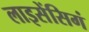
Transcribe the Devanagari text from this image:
लाइसेंसिगं